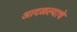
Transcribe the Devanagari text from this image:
आदळल्याचे